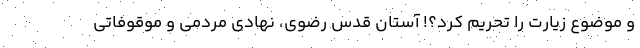
و موضوع زیارت را تحریم کرد؟! آستان قدس رضوی، نهادی مردمی و موقوفاتی